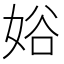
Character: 𱙖